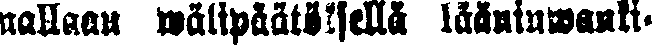
nallaan wälipäätöksellä lääninwanki-